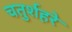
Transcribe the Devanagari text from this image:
चतुर्शहरे